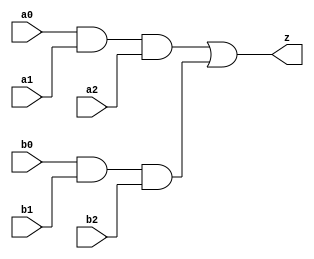
// This program was cloned from: https://github.com/aolofsson/oh
// License: MIT License

//#############################################################################
//# Function: And-Or (ao33) Gate                                              #
//# Copyright: OH Project Authors. ALl rights Reserved.                       #
//# License:  MIT (see LICENSE file in OH repository)                         #
//#############################################################################

module asic_ao33 #(parameter PROP = "DEFAULT")  (
   input  a0,
   input  a1,
   input  a2,
   input  b0,
   input  b1,
   input  b2,
   output z
   );

   assign z = (a0 & a1 & a2) | (b0 & b1 & b2);

endmodule